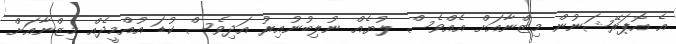
އެ އޮޕަރޭޝަނުން މިޒްނާއަށް އެއްވެސް ލުޔެއް ނުލިބުނުއިރު އަދިވެސް ކުޑަ އުއްމީދެއް މިޒްނާއަށް